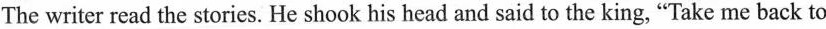
The writer read thestories. He shook his head and said to the king, "Take me back to